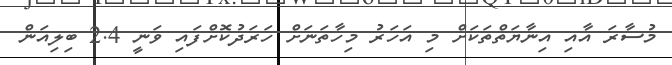
މުސާރަ އާއި އިނާޔަތްތަކަށް މި އަހަރު މިހާތަނަށް ހަރަދުކޮށްފައި ވަނީ 2.4 ބިލިއަން